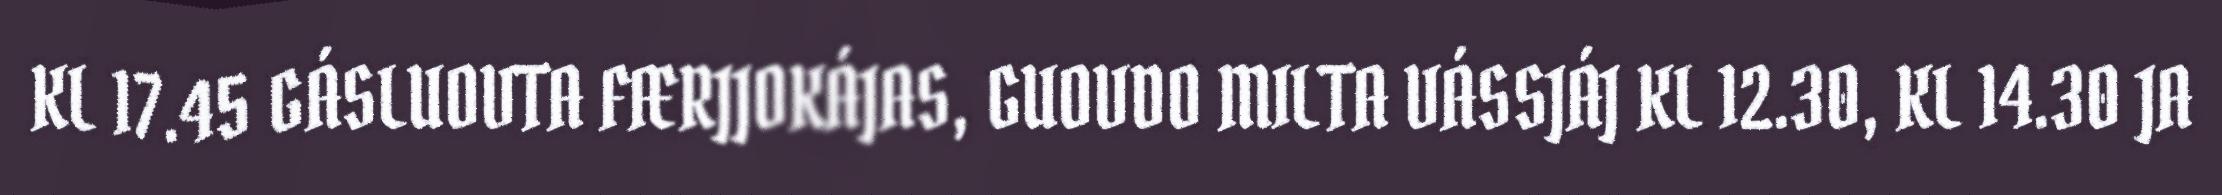
KL 17.45 GÁSLUOVTA FÆRJJOKÁJAS, GUOVDO MILTA VÁSSJÁJ KL 12.30, KL 14.30 JA